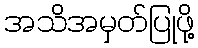
အသိအမှတ်ပြုဖို့